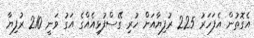
އެގޮތުން އެފަހަރު 225 ރުފިޔާއަށް ހުރި ގޭސްފުޅިއެއްގެ އަގު ވަނީ 210 ރުފިޔާ